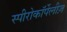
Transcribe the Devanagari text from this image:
स्पीरोकॉर्पेलीज़